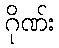
ဂိုဏ်း